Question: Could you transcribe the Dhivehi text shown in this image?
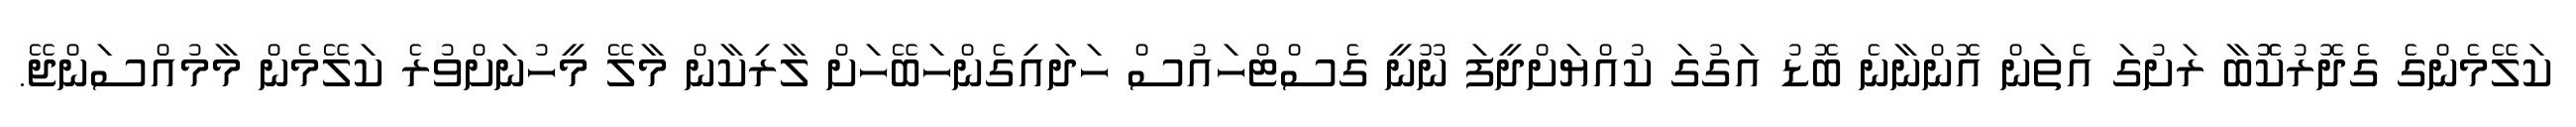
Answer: ކަލޭމެންގެ ގެދޮރުކޮޮބާ ރަށުގަ އެތަން އޮންނާނެ ބޮޑު އަގުގަ ކުއްޔަށްދީފަ ނޫނީ ގެސްޓްހައުސް ހަދައިގެންހަބޭހަށް ލާރިކާން މާލޭ މީހުނަށްވުރެ ކަލޭމެން މާމުއްސަންޖޭ.